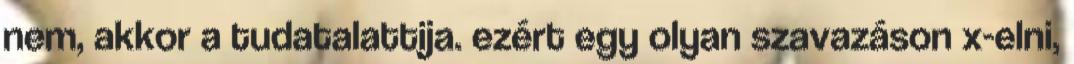
nem, akkor a tudatalattija. ezért egy olyan szavazáson x-elni,